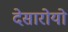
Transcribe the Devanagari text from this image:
देसारोयो